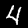
Digit: 4